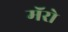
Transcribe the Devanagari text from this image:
मॅरो